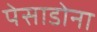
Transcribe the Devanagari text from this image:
पेसाडोना